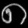
Digit: ၈